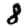
Digit: 8